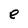
Character: e